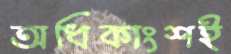
অধিকাংশই